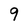
Character: 9